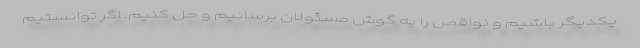
یکدیگر باشیم و نواقص را به گوش مسئولان برسانیم و حل کنیم. اگر توانستیم